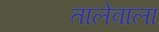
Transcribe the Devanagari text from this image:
तालेवाला